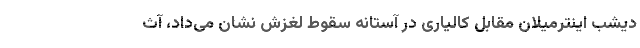
دیشب اینترمیلان مقابل کالیاری در آستانه سقوط لغزش نشان می‌داد، آث